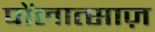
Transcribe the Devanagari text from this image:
पोंलात्साज़